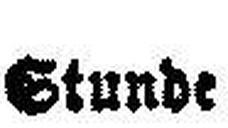
Stunde